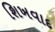
શિખવાદ